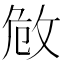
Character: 𢼮